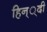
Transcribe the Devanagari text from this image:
हिन््दी